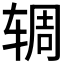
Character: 𫐏